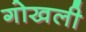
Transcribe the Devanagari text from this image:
गोखली